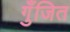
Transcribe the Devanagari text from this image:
गुँजित